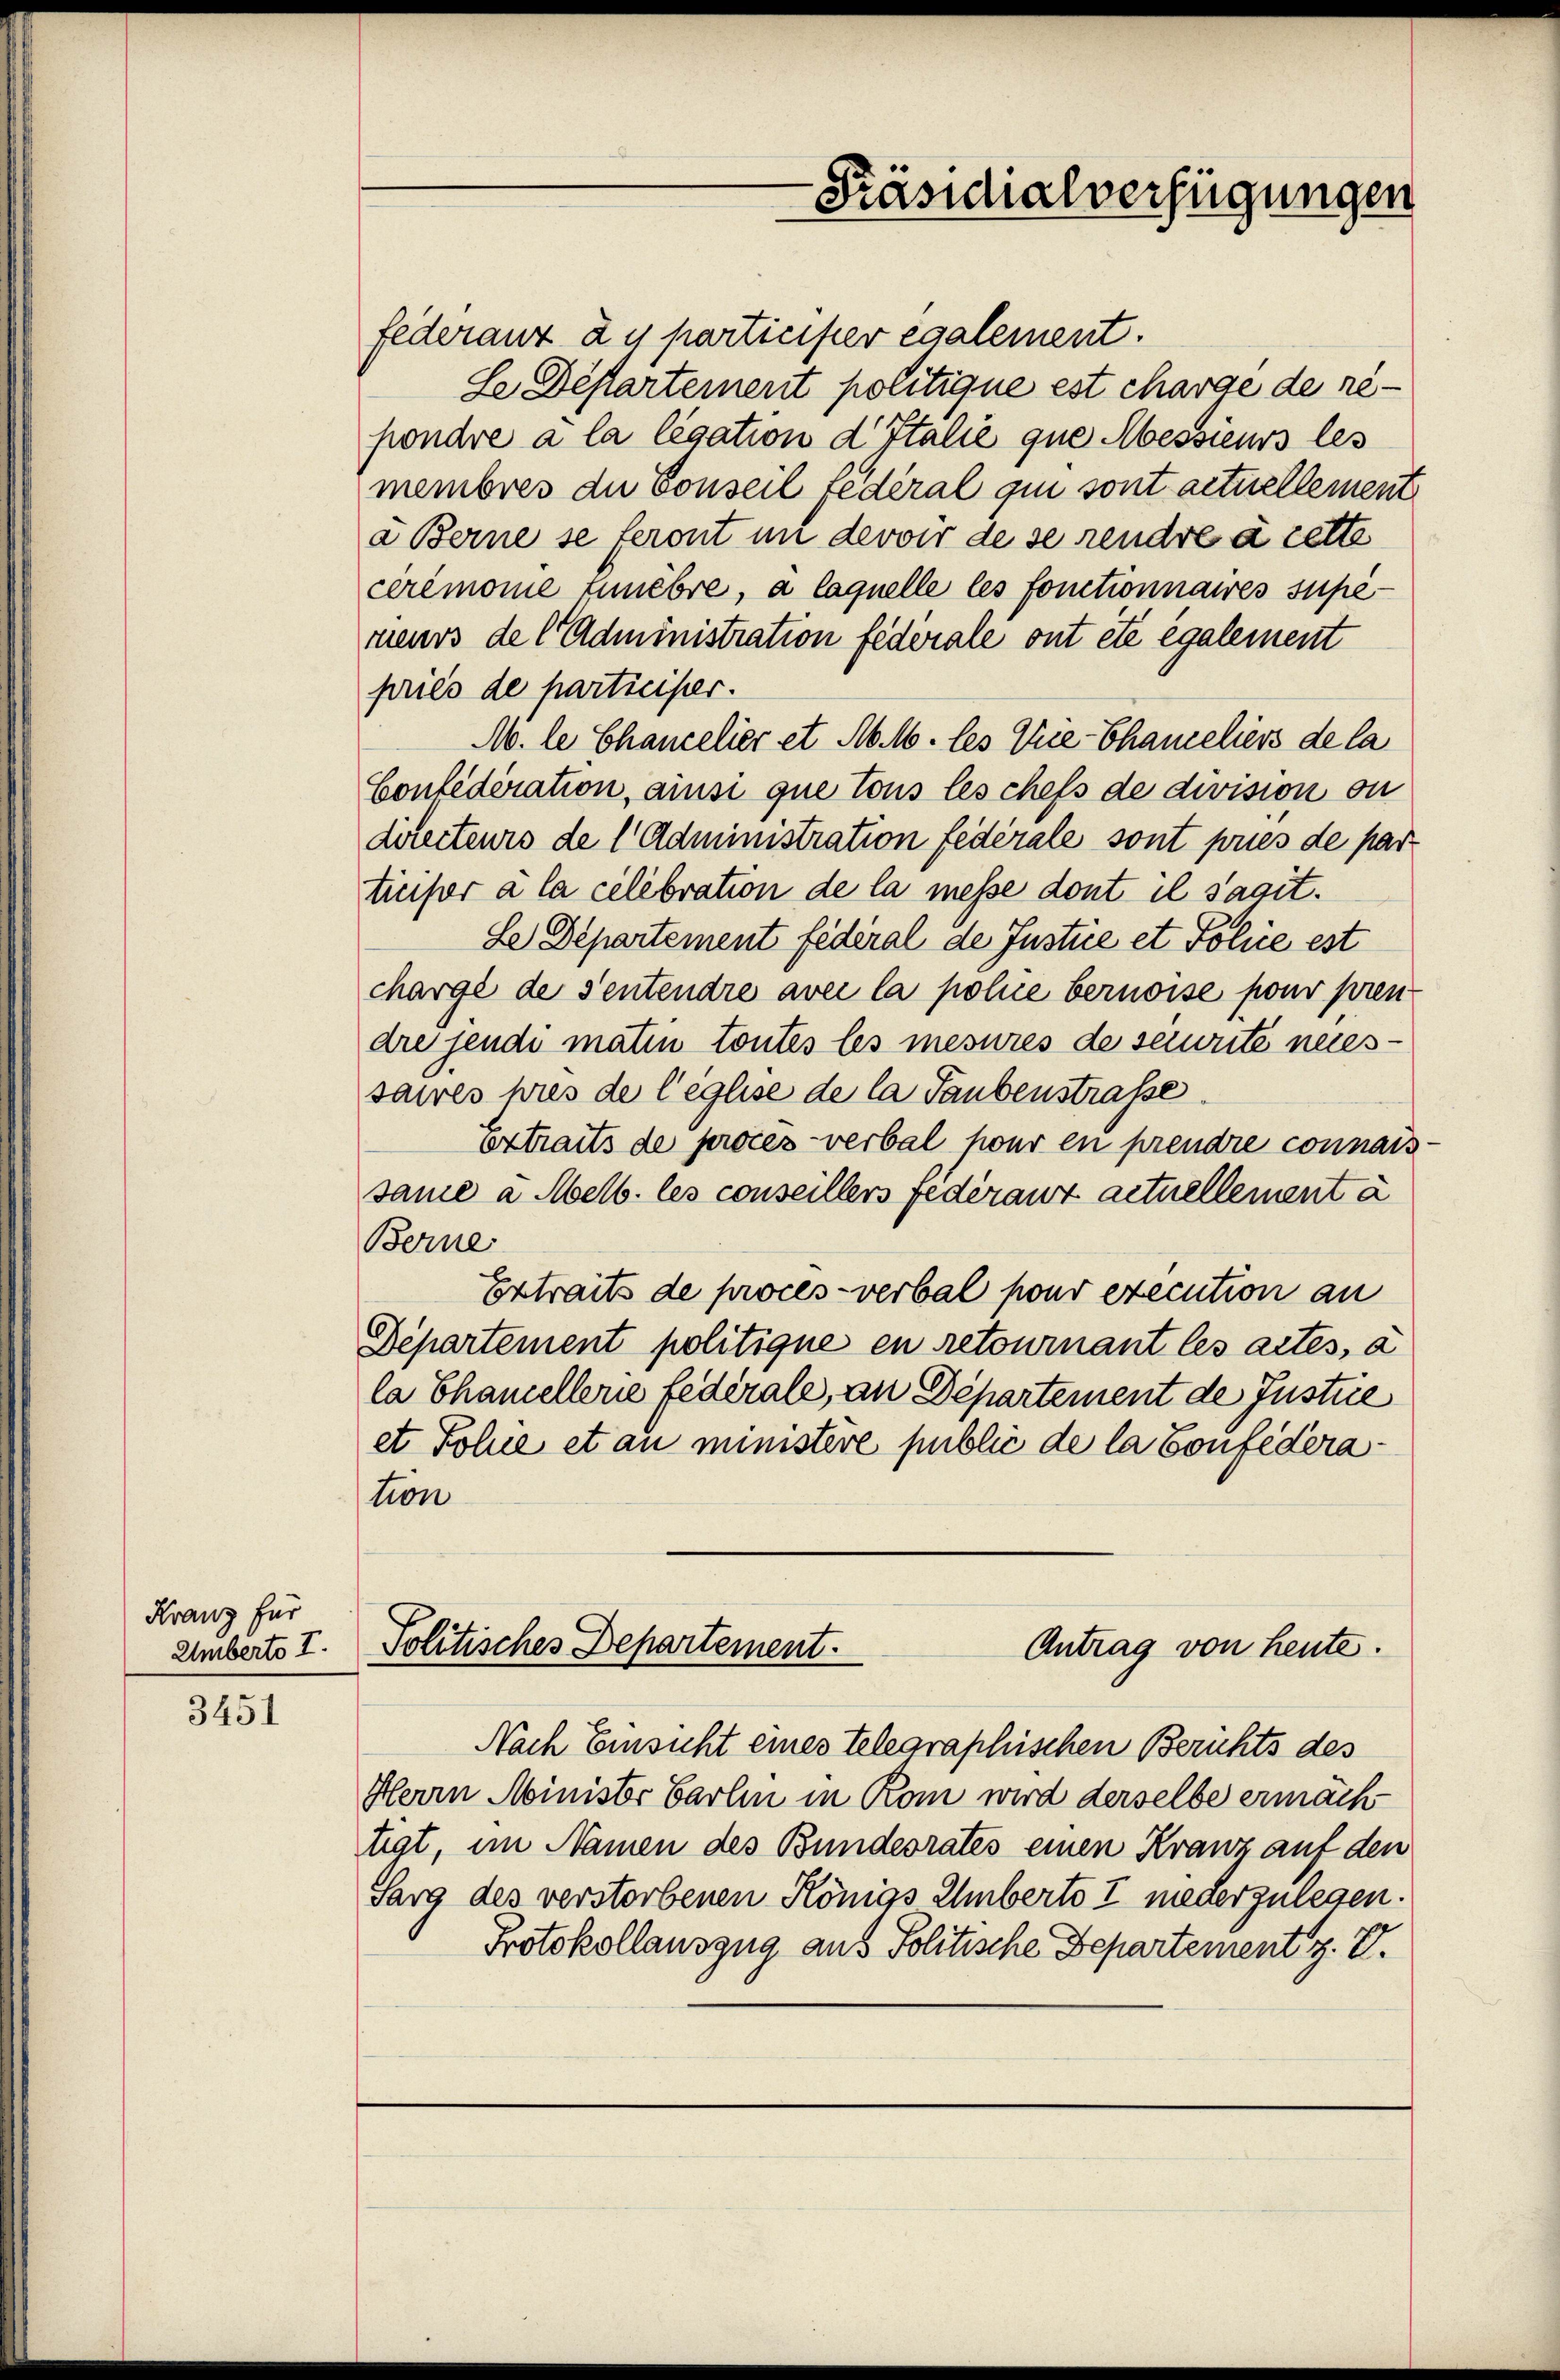
Kranz für
Umberto I.

3451

federant au participer également.
Se Déstartement politique est charge de repondre à la légation d Italie que Messieurs les
membres du Conseil fédéral qui sont actuellement
a Berne se feront in devoir de se rendre à cette
ceremonie tunebre, à laquelle les fonctionnaires supé-
rieurs de l. Administration fédérale ont été également
pries de participer.
M. le Chancelier et M. M. les Vice-Chameliers de la
Confederation, ainsi que tous les chefs de division ou
directeurs de l Administration fédérale sont pries de part
ticiper à la célébration de la messe dont il sagit.
Le Departement fédéral de Justice et Police est
chargé de Sentendre avec la police bernoise pour pren
dre jendi matin toutes les mesures de seiwrite necessawes pres de leglise de la Taubenstrasse
extraits de proces verbal pour en prendre connais
same a Melb. les conseillers Federant actuellement a
Berne
Extraits de procès-verbal pour execution an
Departement politique en retournant les actes, a
la Chamellerie federale, an Departement de Justiie
et Polue et au ministere public de la Confederation
Antrag von heute.
Politisches Departement.
Nach Einsicht eines Telegraphischen Berichts des
Herrn Minister Carlin in Rom wird derselbe ermäch
tigt, im Namen des Bundesrates einen Kranz auf den
Sarg des verstorbenen Königs Eberts I niederzulegen.
Protokollauszug aus Politische Departement z. V.

-Präsidialverfügungen